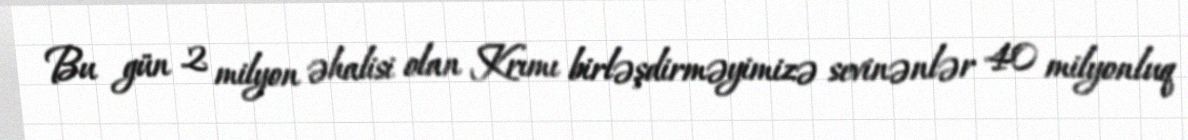
Bu gün 2 milyon əhalisi olan Krımı birləşdirməyimizə sevinənlər 40 milyonluq